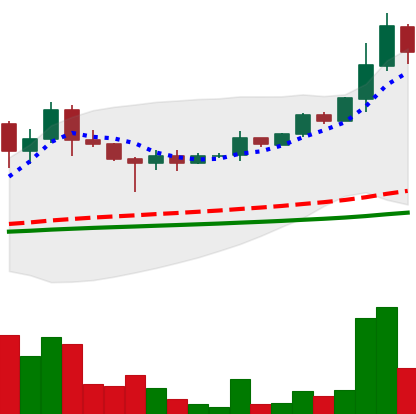
Ticker: DOGE-USD
Chart end date: 2021-05-06
Forward return: -14.733%
Label: down_7plus